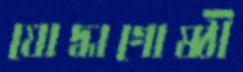
যোদ্ধাগোষ্ঠী